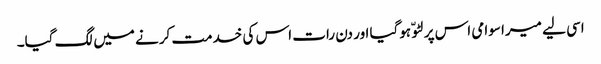
اسی لیے میرا سوامی اس پر لٹو ّ ہوگیا اور دن رات اس کی خدمت کرنے میں لگ گیا۔